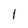
Character: l